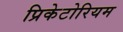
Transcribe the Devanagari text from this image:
प्रिकेटोरियम